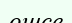
өшсе